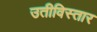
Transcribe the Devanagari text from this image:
उतीविस्तार